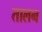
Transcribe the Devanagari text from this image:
तालन